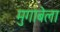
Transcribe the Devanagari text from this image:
मुगाबेला